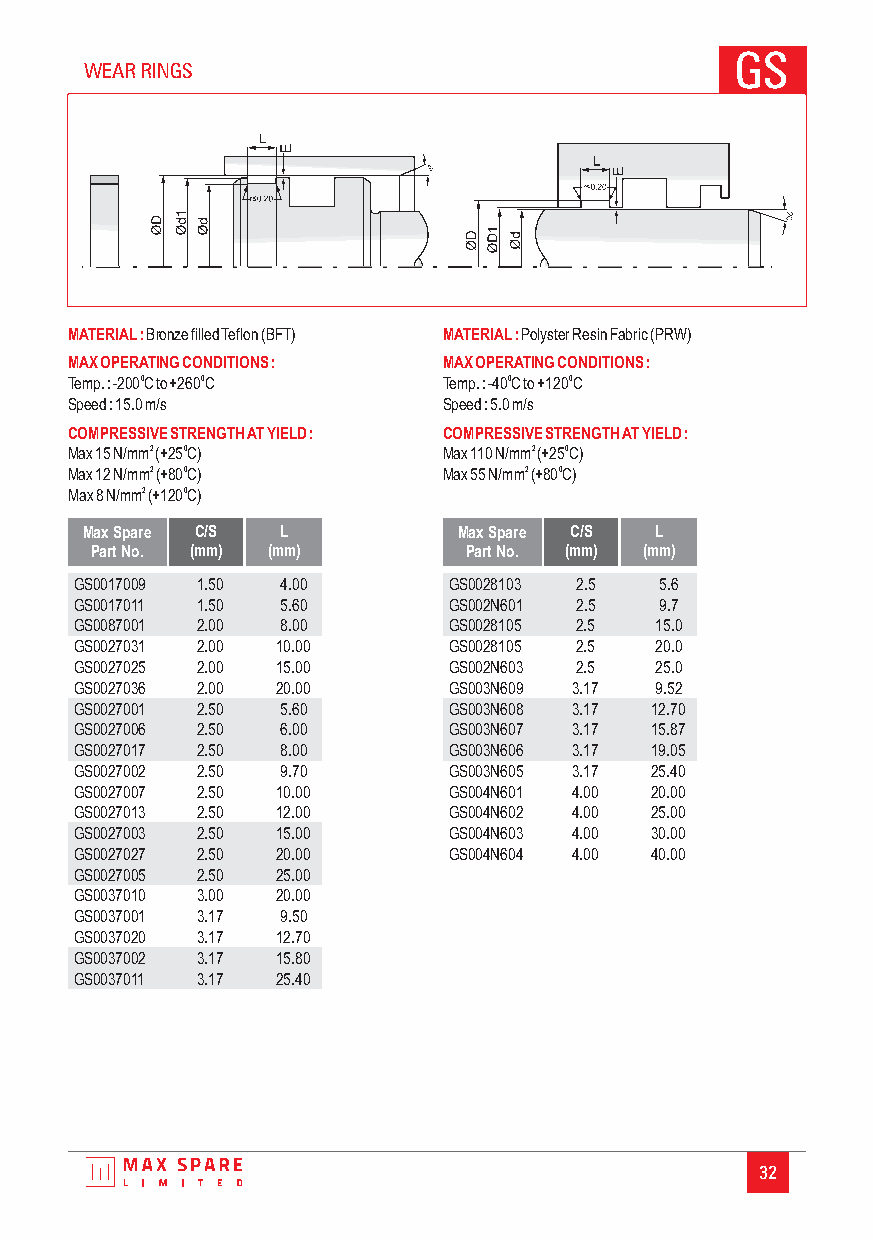
GS
 WEAR RINGS
 MATERIAL:BronzefilledTeflon(BFT) MATERIAL:PolysterResinFabric(PRW)
 MAXOPERATINGCONDITIONS:  MAXOPERATINGCONDITIONS:
 Temp.:-200 0Cto+260 0C   Temp.:-40 0Cto+120 0C
 Speed:15.0m/s            Speed:5.0m/s
 COMPRESSIVESTRENGTHATYIELD: COMPRESSIVESTRENGTHATYIELD:
 Max15N/mm2(+250 C)       Max110N/mm2(+250 C)
 Max12N/mm2(+800 C)       Max55N/mm2(+800 C)
 Max8N/mm2(+1200 C)
 Max Spare C/S L          Max Spare C/S L
 Part No. (mm) (mm)       Part No. (mm) (mm)
 GS0017009 1.50 4.00      GS0028103 2.5 5.6
 GS0017011 1.50 5.60      GS002N601 2.5 9.7
 GS0087001 2.00 8.00      GS0028105 2.5 15.0
 GS0027031 2.00 10.00     GS0028105 2.5 20.0
 GS0027025 2.00 15.00     GS002N603 2.5 25.0
 GS0027036 2.00 20.00     GS003N609 3.17 9.52
 GS0027001 2.50 5.60      GS003N608 3.17 12.70
 GS0027006 2.50 6.00      GS003N607 3.17 15.87
 GS0027017 2.50 8.00      GS003N606 3.17 19.05
 GS0027002 2.50 9.70      GS003N605 3.17 25.40
 GS0027007 2.50 10.00     GS004N601 4.00 20.00
 GS0027013 2.50 12.00     GS004N602 4.00 25.00
 GS0027003 2.50 15.00     GS004N603 4.00 30.00
 GS0027027 2.50 20.00     GS004N604 4.00 40.00
 GS0027005 2.50 25.00
 GS0037010 3.00 20.00
 GS0037001 3.17 9.50
 GS0037020 3.17 12.70
 GS0037002 3.17 15.80
 GS0037011 3.17 25.40
 32